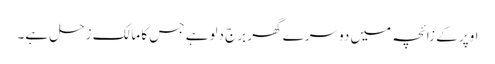
اوپر کے زائچہ میں دوسرے گھر برج دلوہے جس کا مالک زحل ہے۔